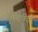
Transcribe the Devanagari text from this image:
मोतेविदो